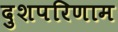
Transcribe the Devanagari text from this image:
दुशपरिणाम